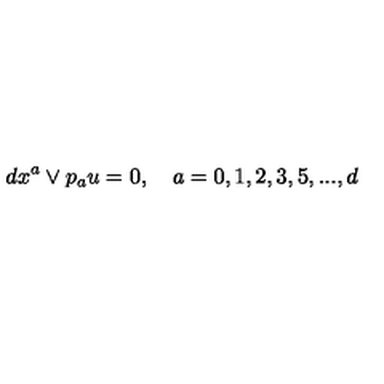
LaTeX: d x ^ { a } \vee p _ { a } u = 0 , \quad a = 0 , 1 , 2 , 3 , 5 , . . . , d